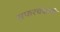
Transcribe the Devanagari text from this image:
सफरचंदाची